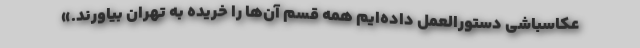
عکاسباشی دستورالعمل داده‌ایم همه قسم آن‌ها را خریده به تهران بیاورند.»